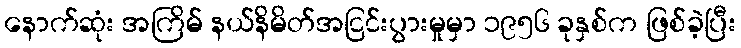
နောက်ဆုံး အကြိမ် နယ်နိမိတ်အငြင်းပွားမှုမှာ ၁၉၅၆ ခုနှစ်က ဖြစ်ခဲ့ပြီး